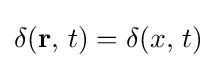
\delta (\mathbf {r} ,\,t)=\delta (x,\,t)